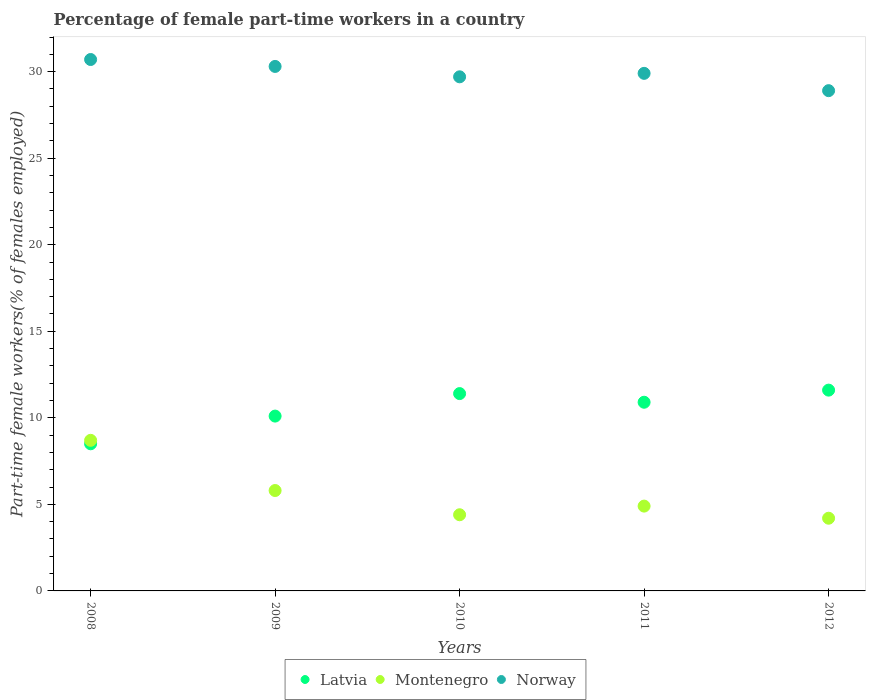
| Years | Latvia | Montenegro | Norway |
 | --- | --- | --- | --- |
 | 2008 | 8.5 | 8.7 | 30.7 |
 | 2009 | 10.1 | 5.8 | 30.3 |
 | 2010 | 11.4 | 4.4 | 29.7 |
 | 2011 | 10.9 | 4.9 | 29.9 |
 | 2012 | 11.6 | 4.2 | 28.9 |